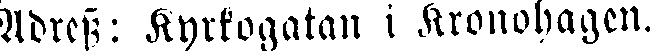
Adress: Kyrkogatan i Kronohagen.